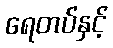
ရေတပ်နှင့်